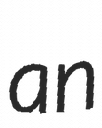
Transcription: an